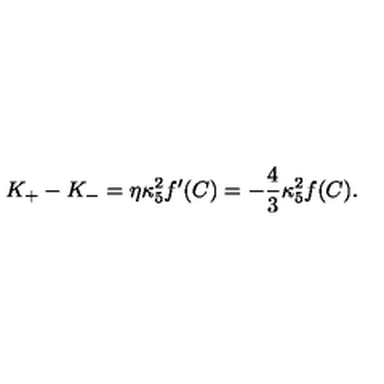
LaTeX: K _ { + } - K _ { - } = \eta \kappa _ { 5 } ^ { 2 } f ^ { \prime } ( C ) = - { \frac { 4 } { 3 } } \kappa _ { 5 } ^ { 2 } f ( C ) .